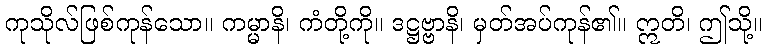
ကုသိုလ်ဖြစ်ကုန်သော။ ကမ္မာနိ၊ ကံတို့ကို။ ဒဋ္ဌဗ္ဗာနိ၊ မှတ်အပ်ကုန်၏။ ဣတိ၊ ဤသို့။